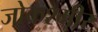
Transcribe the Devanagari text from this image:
जोकश्मीर